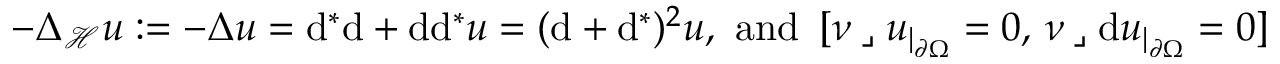
\begin{array} { r } { - \Delta _ { \mathcal { H } } u : = - \Delta u = \mathrm { d } ^ { \ast } \mathrm { d } + \mathrm { d } \mathrm { d } ^ { \ast } u = ( \mathrm { d } + \mathrm { d } ^ { \ast } ) ^ { 2 } u \mathrm { , ~ a n d ~ } \, [ \nu \mathbin { \lrcorner } u _ { | _ { \partial \Omega } } = 0 \mathrm { , ~ } \nu \mathbin { \lrcorner } \mathrm { d } u _ { | _ { \partial \Omega } } = 0 ] } \end{array}